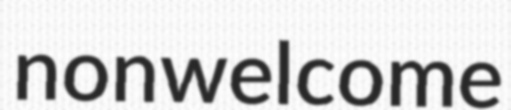
nonwelcome